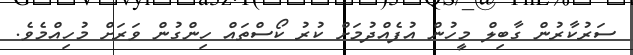
ސަރުކާރުން ގާބިލް މީހުން އުފެއްދުމަށް ކުރު ކޯސްތައް ހިންގުން ވަރަށް މުހިއްމެވެ.